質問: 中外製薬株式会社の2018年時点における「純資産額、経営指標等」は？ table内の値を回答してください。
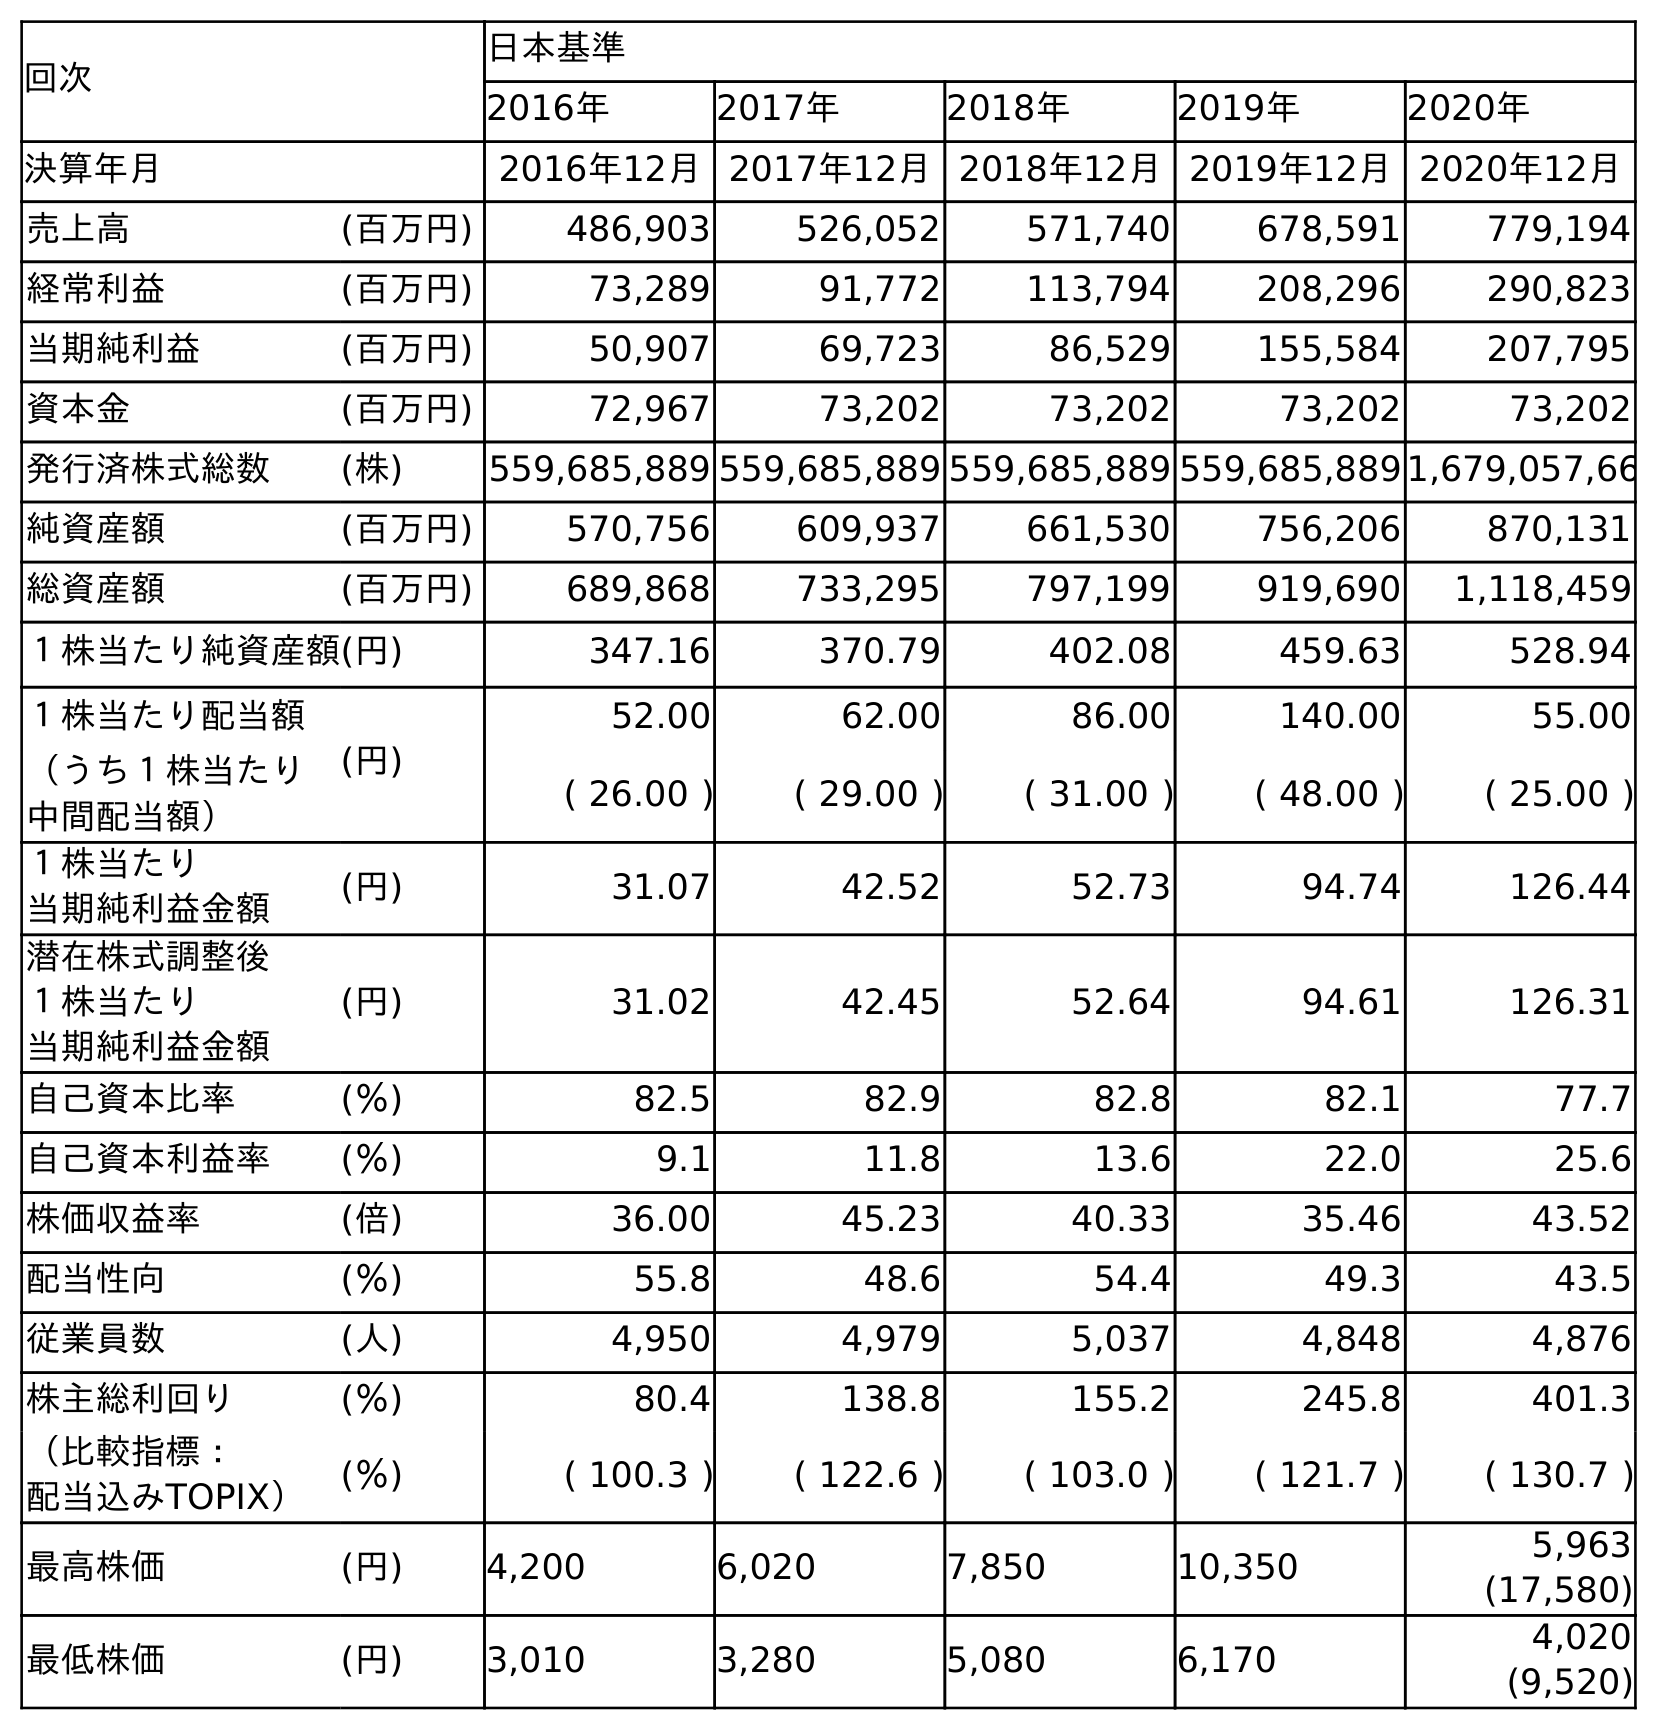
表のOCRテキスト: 回次 日本基準 2016年 2017年 2018年 2019年 2020年 決算年月 2016年12月2017年12月2018年12月2019年12月2020年12月 売上高 (百万円) 486,903 526,052 571,740 678,591 779,194 経常利益 (百万円) 73,289 91,772 113,794 208,296 290,823 当期純利益 (百万円) 50,907 69,723 86,529 155,584 207,795 資本金 (百万円) 72,967 73,202 73,202 73,202 73,202 発行済株式総数 (株) 559,685,889 559,685,889 559,685,889 559,685,8891,679,057,66 純資産額 (百万円) 570,756 609,937 661,530 756,206 870,131 総資産額 (百万円) 689,868 733,295 797,199 919,690 1,118,459 １株当たり純資産額(円) 347.16 370.79 402.08 459.63 528.94 １株当たり配当額 (円) 52.00 62.00 86.00 140.00 55.00 （うち１株当たり 中間配当額） ( 26.00 ) ( 29.00 ) ( 31.00 ) ( 48.00 ) ( 25.00 ) １株当たり 当期純利益金額 (円) 31.07 42.52 52.73 94.74 126.44 潜在株式調整後 １株当たり 当期純利益金額 (円) 31.02 42.45 52.64 94.61 126.31 自己資本比率 (％) 82.5 82.9 82.8 82.1 77.7 自己資本利益率 (％) 9.1 11.8 13.6 22.0 25.6 株価収益率 (倍) 36.00 45.23 40.33 35.46 43.52 配当性向 (％) 55.8 48.6 54.4 49.3 43.5 従業員数 (人) 4,950 4,979 5,037 4,848 4,876 株主総利回り (％) 80.4 138.8 155.2 245.8 401.3 （比較指標： 配当込みTOPIX） (％) ( 100.3 ) ( 122.6 ) ( 103.0 ) ( 121.7 ) ( 130.7 ) 最高株価 (円) 4,200 6,020 7,850 10,350 5,963 (17,580) 最低株価 (円) 3,010 3,280 5,080 6,170 4,020 (9,520)
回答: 661,530